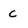
Character: c